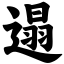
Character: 遢